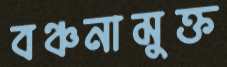
বঞ্চনামুক্ত